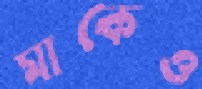
মাকেও